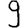
Digit: 9